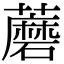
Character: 蘑